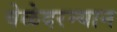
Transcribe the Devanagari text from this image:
वेळेदरम्यान